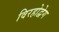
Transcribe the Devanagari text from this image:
विरहोद्वेग